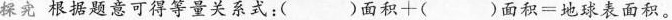
探究 根据题意可得等量关系式：$$( ) 面 积 十 ( ) 面 积 = 地 球 表 面 积$$。